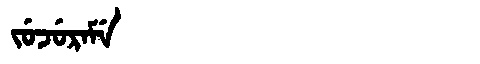
Manchu: ᠵᡠᠵᡠᡵᠠᠮᡝ
Romanization: JUJURAME